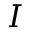
I